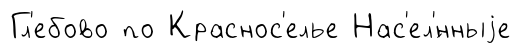
Гл'ебово по Краснос'елье Нас'ел'́нныjе